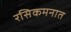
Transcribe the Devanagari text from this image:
रसिकमनात